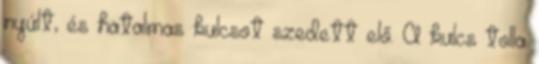
nyúlt, és hatalmas kulcsot szedett elő. A kulcs tolla